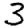
Digit: 3